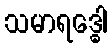
သမာရဒ္ဓေါ